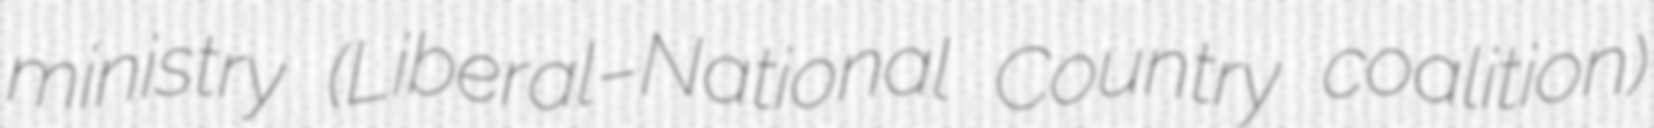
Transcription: ministry (Liberal–National Country coalition)